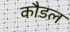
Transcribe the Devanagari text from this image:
कौडल